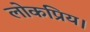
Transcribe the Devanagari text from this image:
लोकप्रिय।